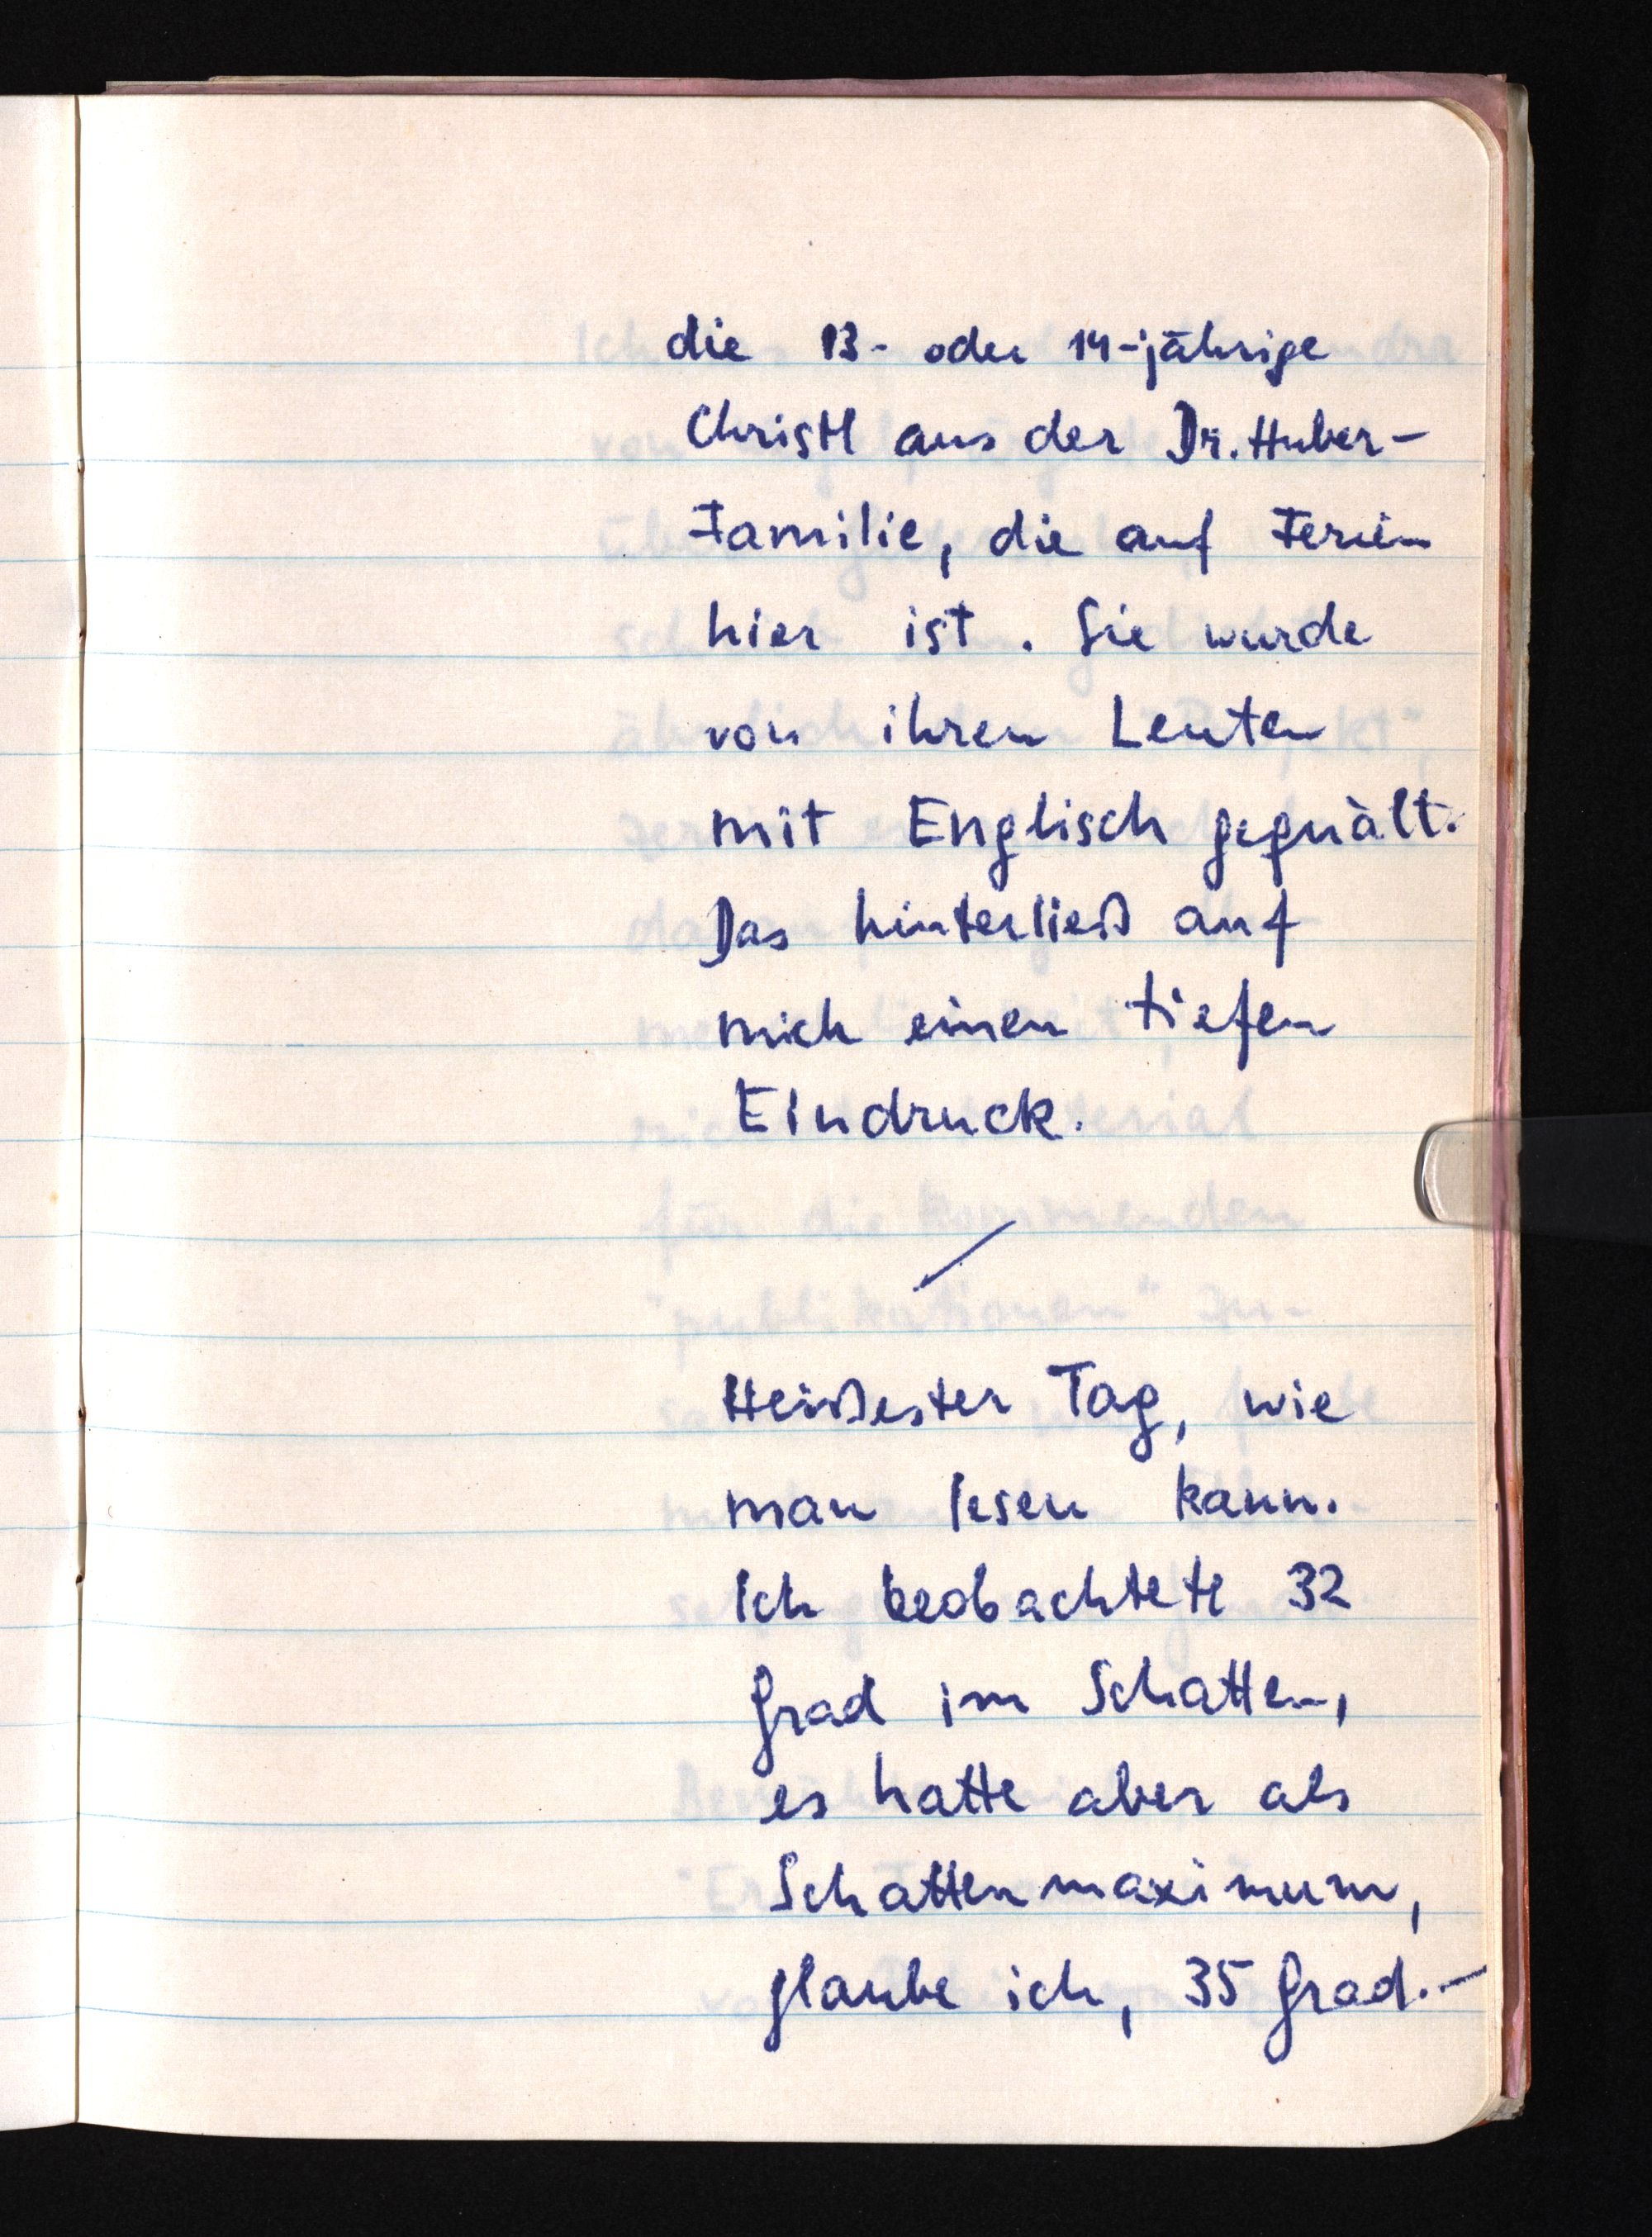
die 13- oder 14-jährige
Christl aus der Dr. Huber-
Familie, die auf Ferien
hier ist. Sie wurde
von ihren Leuten
mit Englisch gequält.
Das hinterließ auf
mich einen tiefen
Eindruck.
Heißester Tag, wie
man lesen kann.
Ich beobachtete 32
Grad im Schatten,
es hatte aber als
Schattenmaximum,
glaube ich, 35 Grad. -